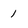
Character: 1